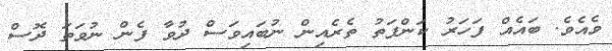
ވެއެވެ. ބައެއް ފަހަރު ކަންފަތު ތެރެއިން ނުބައިވަސް ދުވާ ފެން ނުވަތަ ދޮސް